Report on vaccination in the Province of Bengal - 1874-1889
Year: 1874
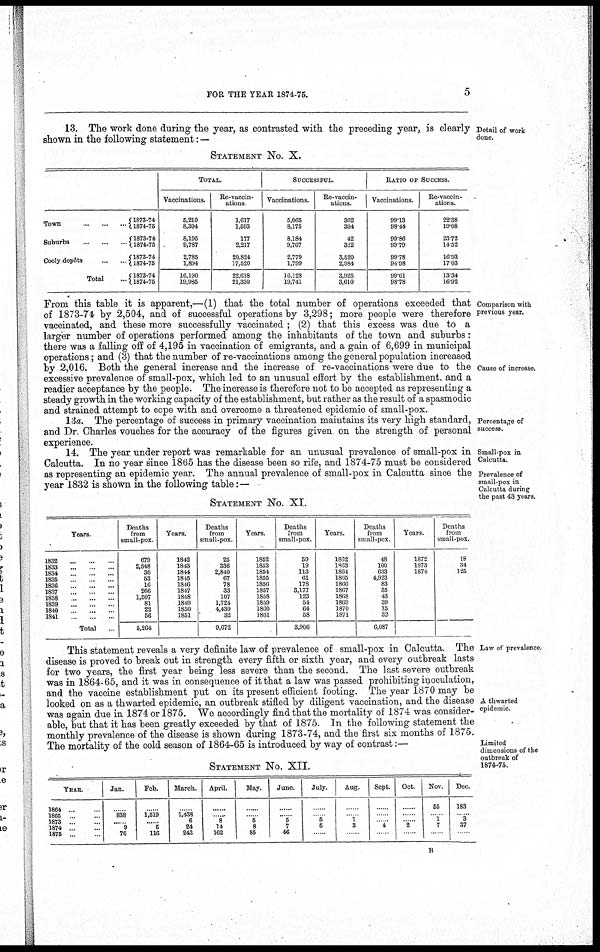
FOR THE YEAR 1874-75.
5
Detail of work
done.
13. The work done during the year, as contrasted with the preceding year, is clearly
shown in the following statement: —
STATEMENT No. X.
Town
...
...
...
Suburbs
...
...
...
Cooly dopôts
...
...
Total ...
1873-74
1874-75
1873-74
1874-75
1873-74
1874-75
1873-74
1874-75
TOTAL.
Vaccinations.
5,210
8,304
8,195
9,787
2,785
1,894
16,190
19,985
Re-vaccin-
ations
1,617
1,593
177
2,217
20,824
17,520
22,618
21,330
SUCCESSFUL.
Vaccinations.
5,065
8,175
8,184
9,767
2,779
1,799
16,128
19,741
Re-vaccin-
ations.
362
304
42
322
3,520
2,984
3,925
3,610
RATIO OF SUCCESS.
Vaccinations
99.13
98.44
99.86
99.79
99.78
94.98
99.61
98.78
Re-vaccin¬
ations.
22.38
19.08
23.72
14.52
16.93
17.03
13.34
16.92
Comparison with
previous year.
Cause of increase.
From this table it is apparent,—(1) that the total number of operations exceeded that
of 1873-74 by 2,504, and of successful operations by 3,298; more people were therefore
vaccinated, and these more successfully vaccinated ; (2) that this excess was due to a
larger number of operations performed among the inhabitants of the town and suburbs:
there was a falling off of 4,195 in vaccination of emigrants, and a gain of 6,699 in municipal
operations; and (3) that the number of re-vaccinations among the general population increased
by 2,016. Both the general increase and the increase of re-vaccinations were due to the
excessive prevalence of small-pox, which led to an unusual effort by the establishment, and a
readier acceptance by the people. The increase is therefore not to be accepted as representing a
steady growth in the working capacity of the establishment, but rather as the result of a spasmodic
and strained attempt to cope with and overcome a threatened epidemic of small-pox.
Percentage of
success.
13a. The percentage of success in primary vaccination maintains its very high standard,
and Dr. Charles vouches for the accuracy of the figures given on the strength of personal
experience.
Small-pox in
Calcutta.
Prevalence of
small-pox in
Calcutta during
the past 43 years.
14. The year under report was remarkable for an unusual prevalence of small-pox in
Calcutta. In no year since 1865 has the disease been so rife, and 1874-75 must be considered
as representing an epidemic year. The annual prevalence of small-pox in Calcutta since the
year 1832 is shown in the following table:—
STATEMENT No. XI.
Years.
1832
...
...
...
1833...
...
...
1834
...
...
...
1835 ... ... ...
1836
...
...
...
1837
...
...
...
1838
...
...
...
1839...
...
...
1840
...
...
1841
...
...
...
Total ...
Deaths
from
small-pox.
679
2,548
36
53
16
266
1,507
81
22
56
5,264
Years.
1842
1843
1844
1845
1846
1847
1848
1849
1850
1851
Deaths
from
small-pox
25
336
2,840
67
78
33
107
1,724
4,430
32
9,672
Years.
1852
1853
1854
1855
1856
1857
1858
1859
1860
1861
Deaths
from
small-pox.
59
19
113
61
178
3,177
123
54
64
58
3,906
Years.
1862
1863
1864
1865
1866
1867
1868
1869
1870
1871
Deaths
from
small-pox.
48
100
633
4,923
83
35
43
39
15
32
6,087
Years.
1872
1873
1874
Deaths
from
small-pox.
18
34
125
Law of prevalence.
A thwarted
epidemic.
Limited
dimensions of the
outbreak of
1874-75.
This statement reveals a very definite law of prevalence of small-pox in Calcutta. The
disease is proved to break out in strength every fifth or sixth year, and every outbreak lasts
for two years, the first year being less severe than the second. The last severe outbreak
was in 1864-65, and it was in consequence of it that a law was passed prohibiting inoculation,
and the vaccine establishment put on its present efficient footing. The year 1870 may be
looked on as a thwarted epidemic, an outbreak stifled by diligent vaccination, and the disease
was again due in 1874 or 1875. We accordingly find that the mortality of 1874 was consider-
able, but that it has been greatly exceeded by that of 1875. In the following statement the
monthly prevalence of the disease is shown during 1873-74, and the first six months of 1875.
The mortality of the cold season of 1864-65 is introduced by way of contrast:—
STATEMENT No. XII.
YEAR.
1864 ... ...
1865 ... ...
1873
...
...
1874
...
...
1875 ... ...
Jan.
...
838
......
9
76
Feb.
.....
1,519
......
5
116
March.
......
1,438
6
24
243
April.
......
......
8
14
162
May.
......
......
5
8
85
June.
......
......
5
7
46
July.
......
......
5
5
......
Aug.
......
......
1
3
......
Sept.
......
......
......
4
......
Oct.
......
......
......
2
......
Nov.
55
......
1
7
...
Dec.
183
......
3
37
B